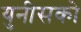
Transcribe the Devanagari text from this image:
युनीसको